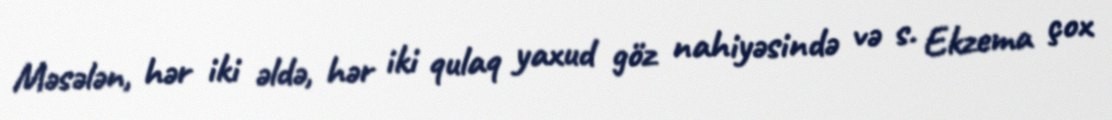
Məsələn, hər iki əldə, hər iki qulaq yaxud göz nahiyəsində və s. Ekzema çox